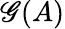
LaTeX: \mathscr{G}(A)